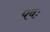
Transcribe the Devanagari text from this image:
पवः